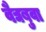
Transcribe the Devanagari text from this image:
वैद्यबुवा